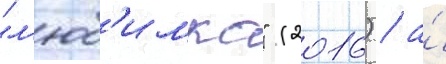
"л'юб'имка" (2016) / а́